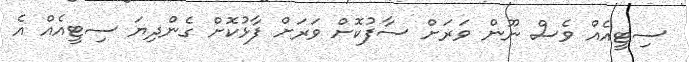
ސިޓީއެއް ވެސް ނޫން ވަރަށް ސާފުކޮށް ވަރަށް ފާޅުކޮށް ގެންދިޔަ ސިޓީއެއް އެ